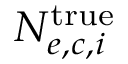
N _ { e , c , i } ^ { \mathrm { t r u e } }